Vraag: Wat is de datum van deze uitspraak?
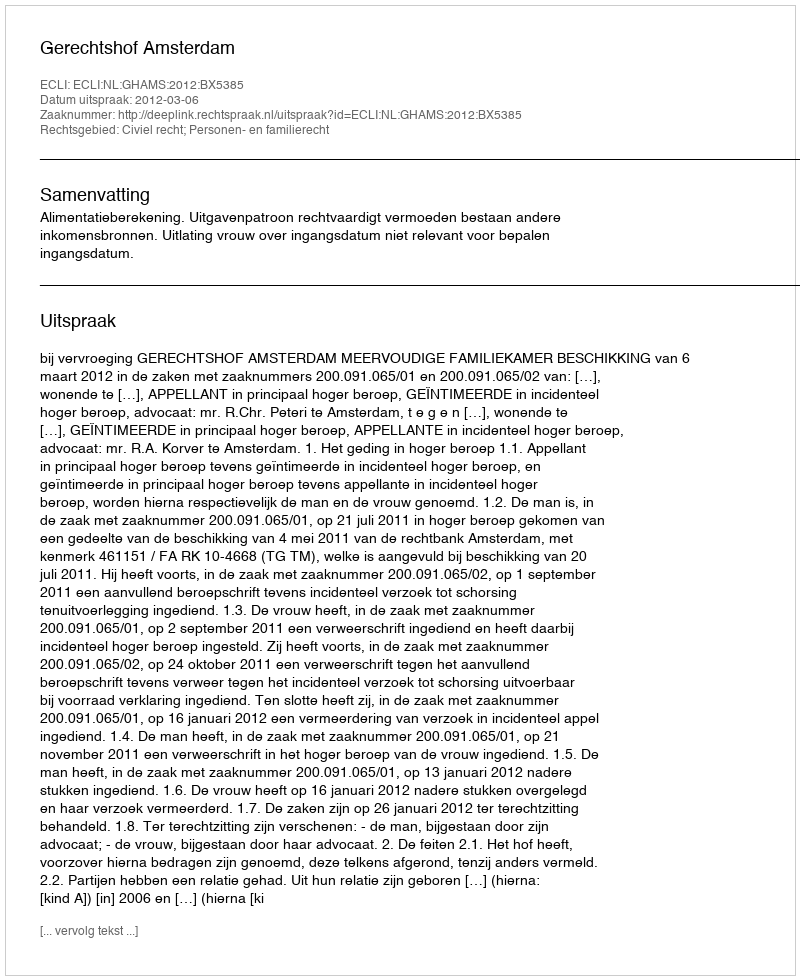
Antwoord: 2012-03-06